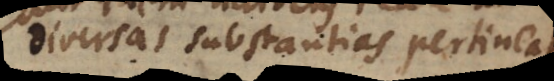
diversas substantias pertineat,